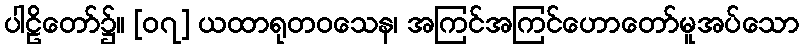
ပါဠိတော်၌။ [၀၇] ယထာရုတဝသေန၊ အကြင်အကြင်ဟောတော်မူအပ်သော